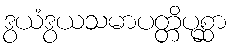
ဒွယံဒွယသမာပတ္တိပုစ္ဆာ